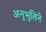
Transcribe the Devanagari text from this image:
अनुभुतिने